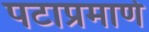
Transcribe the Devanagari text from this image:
पटाप्रमाणे